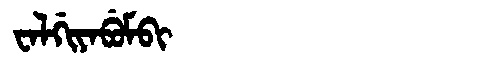
Manchu: ᠸᠠᠯᡤᡳᠶᠠᠪᡠᠮᠪᡳ
Romanization: WALGIYABUMBI